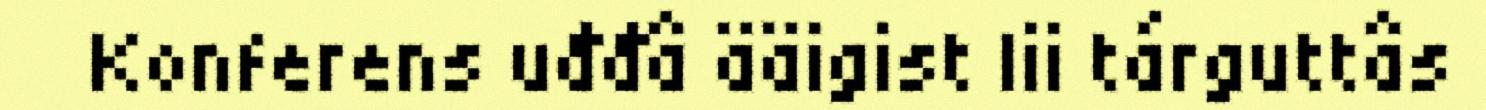
Konferens uđđâ ääigist lii tárguttâs